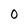
Character: 0